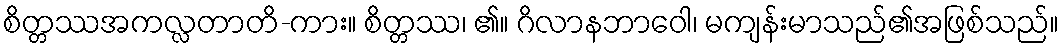
စိတ္တဿအကလ္လတာတိ-ကား။ စိတ္တဿ၊ ၏။ ဂိလာနဘာဝေါ၊ မကျန်းမာသည်၏အဖြစ်သည်။